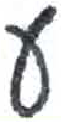
אות: ע